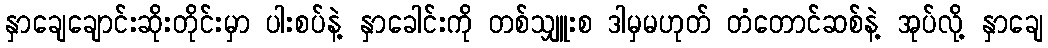
နှာချေချောင်းဆိုးတိုင်းမှာ ပါးစပ်နဲ့ နှာခေါင်းကို တစ်သျှူးစ ဒါမှမဟုတ် တံတောင်ဆစ်နဲ့ အုပ်လို့ နှာချေ